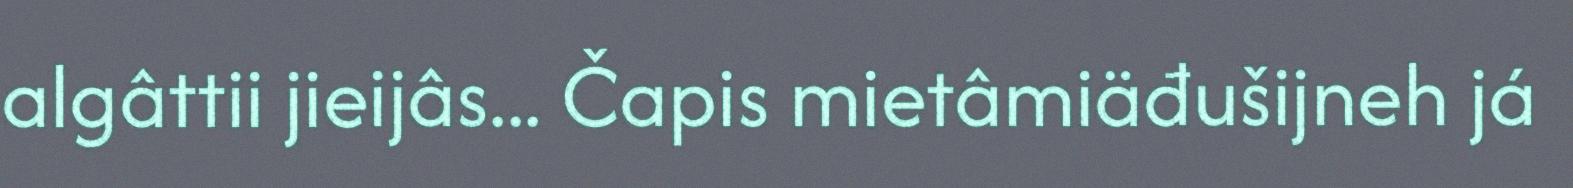
algâttii jieijâs... Čapis mietâmiäđušijneh já